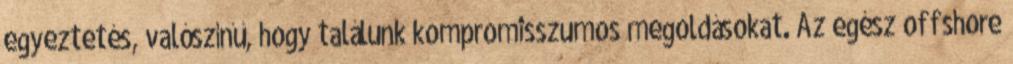
egyeztetés, valószínű, hogy találunk kompromisszumos megoldásokat. Az egész offshore